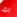
بما